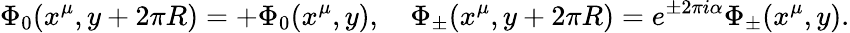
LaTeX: \Phi_{0}(x^{\mu},y+2\pi R)=+\Phi_{0}(x^{\mu},y),\quad\Phi_{\pm}(x^{\mu},y+2\pi R)=e^{\pm 2\pi i\alpha}\Phi_{\pm}(x^{\mu},y).